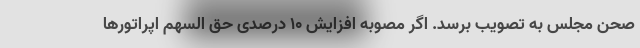
صحن مجلس به تصویب برسد. اگر مصوبه افزایش ۱۰ درصدی حق السهم اپراتورها